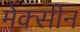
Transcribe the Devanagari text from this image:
मेक्सीन